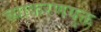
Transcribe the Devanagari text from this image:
व्याकरणयुक्त